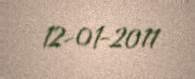
12-01-2011